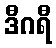
ဒီဂရီ